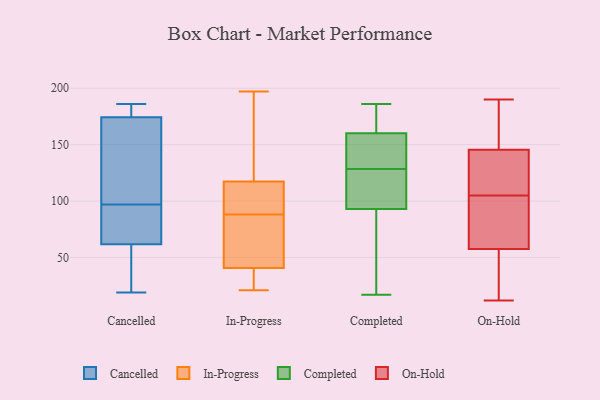
{"axis": {"x": "Budget (USD K)", "y": "Value"}, "legend": ["Cancelled", "Completed", "In-Progress", "On-Hold"], "data": [{"x": "", "y": 19, "type": "Cancelled"}, {"x": "", "y": 97, "type": "Cancelled"}, {"x": "", "y": 67, "type": "Cancelled"}, {"x": "", "y": 81, "type": "Cancelled"}, {"x": "", "y": 186, "type": "Cancelled"}, {"x": "", "y": 29, "type": "Cancelled"}, {"x": "", "y": 184, "type": "Cancelled"}, {"x": "", "y": 181, "type": "Cancelled"}, {"x": "", "y": 65, "type": "Cancelled"}, {"x": "", "y": 52, "type": "Cancelled"}, {"x": "", "y": 101, "type": "Cancelled"}, {"x": "", "y": 142, "type": "Cancelled"}, {"x": "", "y": 172, "type": "Cancelled"}, {"x": "", "y": 116, "type": "In-Progress"}, {"x": "", "y": 40, "type": "In-Progress"}, {"x": "", "y": 41, "type": "In-Progress"}, {"x": "", "y": 197, "type": "In-Progress"}, {"x": "", "y": 114, "type": "In-Progress"}, {"x": "", "y": 98, "type": "In-Progress"}, {"x": "", "y": 80, "type": "In-Progress"}, {"x": "", "y": 61, "type": "In-Progress"}, {"x": "", "y": 22, "type": "In-Progress"}, {"x": "", "y": 59, "type": "In-Progress"}, {"x": "", "y": 26, "type": "In-Progress"}, {"x": "", "y": 21, "type": "In-Progress"}, {"x": "", "y": 88, "type": "In-Progress"}, {"x": "", "y": 121, "type": "In-Progress"}, {"x": "", "y": 167, "type": "In-Progress"}, {"x": "", "y": 127, "type": "In-Progress"}, {"x": "", "y": 90, "type": "In-Progress"}, {"x": "", "y": 112, "type": "Completed"}, {"x": "", "y": 17, "type": "Completed"}, {"x": "", "y": 160, "type": "Completed"}, {"x": "", "y": 132, "type": "Completed"}, {"x": "", "y": 93, "type": "Completed"}, {"x": "", "y": 121, "type": "Completed"}, {"x": "", "y": 164, "type": "Completed"}, {"x": "", "y": 129, "type": "Completed"}, {"x": "", "y": 136, "type": "Completed"}, {"x": "", "y": 74, "type": "Completed"}, {"x": "", "y": 28, "type": "Completed"}, {"x": "", "y": 150, "type": "Completed"}, {"x": "", "y": 186, "type": "Completed"}, {"x": "", "y": 113, "type": "Completed"}, {"x": "", "y": 75, "type": "Completed"}, {"x": "", "y": 128, "type": "Completed"}, {"x": "", "y": 169, "type": "Completed"}, {"x": "", "y": 167, "type": "Completed"}, {"x": "", "y": 190, "type": "On-Hold"}, {"x": "", "y": 149, "type": "On-Hold"}, {"x": "", "y": 185, "type": "On-Hold"}, {"x": "", "y": 49, "type": "On-Hold"}, {"x": "", "y": 189, "type": "On-Hold"}, {"x": "", "y": 142, "type": "On-Hold"}, {"x": "", "y": 12, "type": "On-Hold"}, {"x": "", "y": 105, "type": "On-Hold"}, {"x": "", "y": 30, "type": "On-Hold"}, {"x": "", "y": 105, "type": "On-Hold"}, {"x": "", "y": 83, "type": "On-Hold"}, {"x": "", "y": 76, "type": "On-Hold"}, {"x": "", "y": 113, "type": "On-Hold"}, {"x": "", "y": 15, "type": "On-Hold"}, {"x": "", "y": 107, "type": "On-Hold"}, {"x": "", "y": 66, "type": "On-Hold"}]}